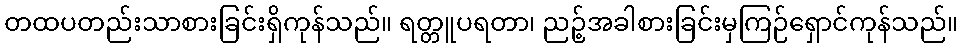
တထပတည်းသာစားခြင်းရှိကုန်သည်။ ရတ္တူပရတာ၊ ညဉ့်အခါစားခြင်းမှကြဉ်ရှောင်ကုန်သည်။